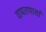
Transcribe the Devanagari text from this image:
वापरणार्या